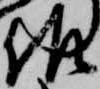
佐